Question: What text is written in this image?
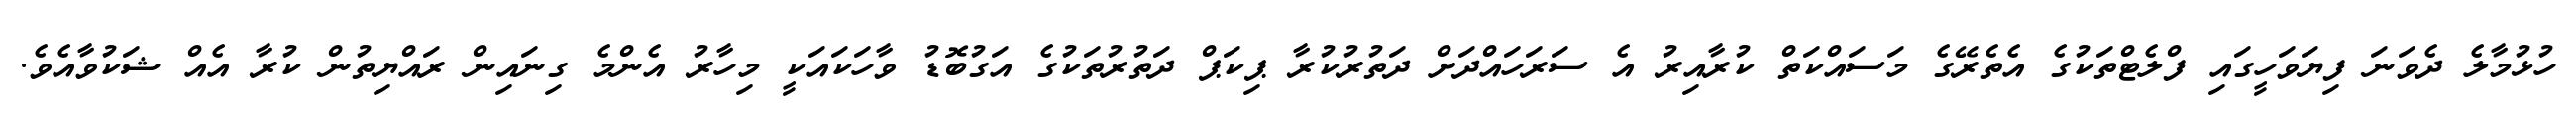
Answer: ހުޅުމާލެ ދެވަނަ ފިޔަވަހީގައި ފްލެޓްތަކުގެ އެތެރޭގެ މަސައްކަތް ކުރާއިރު އެ ސަރަހައްދަށް ދަތުރުކުރާ ޕިކަޕް ދަތުރުތަކުގެ އަގުބޮޑު ވާހަކައަކީ މިހާރު އެންމެ ގިނައިން ރައްޔިތުން ކުރާ އެއް ޝަކުވާއެވެ.